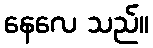
နေလေ သည်။